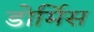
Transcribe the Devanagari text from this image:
डोर्मिस